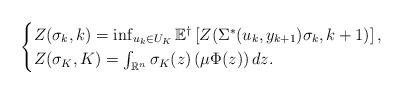
LaTeX: \begin{align*} \begin{aligned} \begin{cases} Z(\sigma_k,k)=\inf_{u_k\in U_K}\mathbb{E}^\dagger\left[ Z(\Sigma^*(u_k,y_{k+1})\sigma_k, k+1) \right], \\ Z(\sigma_K,K)= \int_{\mathbb{R}^n}\sigma_K(z)\left(\mu\Phi(z)\right)dz. \end{cases} \end{aligned}\end{align*}